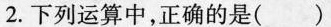
2.下列运算中，正确的是()